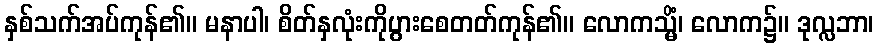
နှစ်သက်အပ်ကုန်၏။ မနာပါ၊ စိတ်နှလုံးကိုပွားစေတတ်ကုန်၏။ လောကသ္မိံ၊ လောက၌။ ဒုလ္လဘာ၊